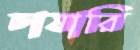
চাষারি